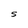
Character: S